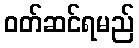
ဝတ်ဆင်ရမည်